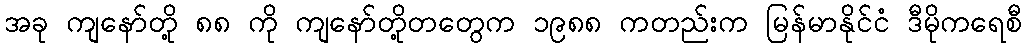
အခု ကျနော်တို့ ၈၈ ကို ကျနော်တို့တတွေက ၁၉၈၈ ကတည်းက မြန်မာနိုင်ငံ ဒီမိုကရေစီ